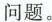
问题。